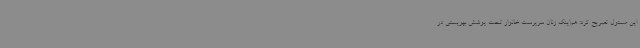
این مسئول تصریح کرد: هم‌اینک زنان سرپرست خانوار تحت پوشش بهزیستی در